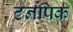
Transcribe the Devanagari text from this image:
टर्नपिक